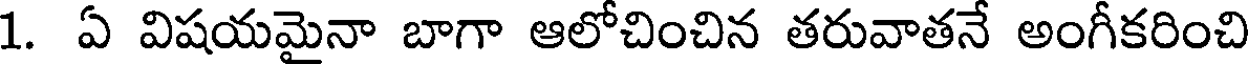
1. ఏ విషయమైనా బాగా ఆలోచించిన తరువాతనే అంగీకరించి